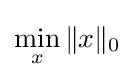
\min \limits _{x}\|x\|_{0}